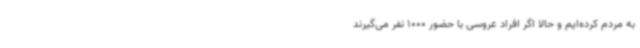
به مردم کرده‌ایم و حالا اگر افراد عروسی با حضور 1000 نفر می‌گیرند